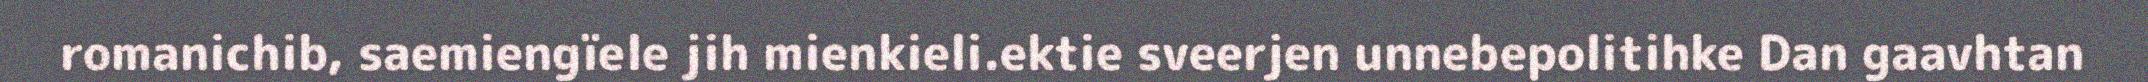
romanichib, saemiengïele jih mienkieli.ektie sveerjen unnebepolitihke Dan gaavhtan